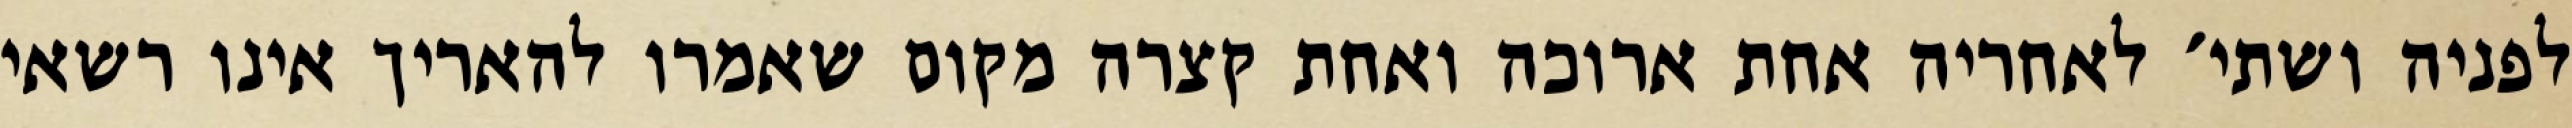
לפניה ושתי׳ לאחריה אחת ארוכה ואחת קצרה מקום שאמרו להאריך אינו רשאי